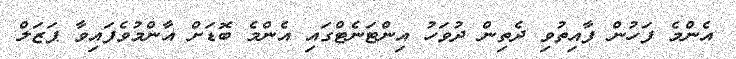
އެންމެ ފަހުން ފާއިތުވި ދެތިން ދުވަހު އިންޓަނެޓްގައި އެންމެ ބޮޑަށް އާންމުވެފައިވާ ޕަޒަލް